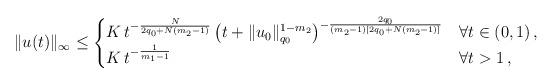
LaTeX: \begin{align*}\Vert u(t)\Vert_{\infty}\leq \begin{cases}K \, t^{-\frac{N}{2q_0+N(m_2-1)}} \left( t + \| u_0 \|_{q_0}^{1-m_2} \right)^{-\frac{2q_0}{(m_2-1)[2q_0 + N(m_2-1)]}} & \forall t \in \left( 0, 1 \right) , \\K \, t^{-\frac{1}{m_1-1}} & \forall t >1 \, ,\end{cases}\end{align*}